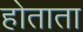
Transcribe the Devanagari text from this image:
होताता